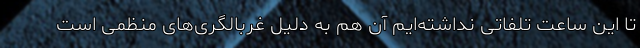
تا این ساعت تلفاتی نداشته‌ایم آن هم به دلیل غربالگری‌های منظمی است